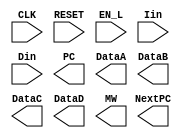
module cpu(CLK, RESET, EN_L, Iin, Din, PC, NextPC, DataA, DataB, DataC, DataD, MW);
  input         CLK;
  input         RESET;
  input         EN_L;
  input  [15:0] Iin;
  input  [7:0]  Din;
  
  output [7:0]  PC;
  output [7:0]  NextPC;
  output [7:0]  DataA;
  output [7:0]  DataB;
  output [7:0]  DataC;
  output [7:0]  DataD;
  output        MW;
  
  // comment the two lines out below if you use a submodule to generate PC/NextPC
  reg [7:0] PC;
  reg [7:0] NextPC;
  wire MW;
  
  // ADD YOUR CODE BELOW THIS LINE


  // ADD YOUR CODE ABOVE THIS LINE

endmodule